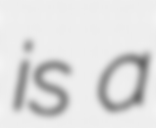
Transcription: is a